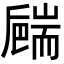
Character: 𦓝